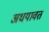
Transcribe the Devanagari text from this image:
अधयावत